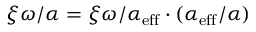
\xi \omega / \alpha = \xi \omega / \alpha _ { \mathrm { e f f } } \cdot ( \alpha _ { \mathrm { e f f } } / \alpha )